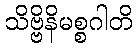
သိဗ္ဗိနိမစ္စဂါတိ